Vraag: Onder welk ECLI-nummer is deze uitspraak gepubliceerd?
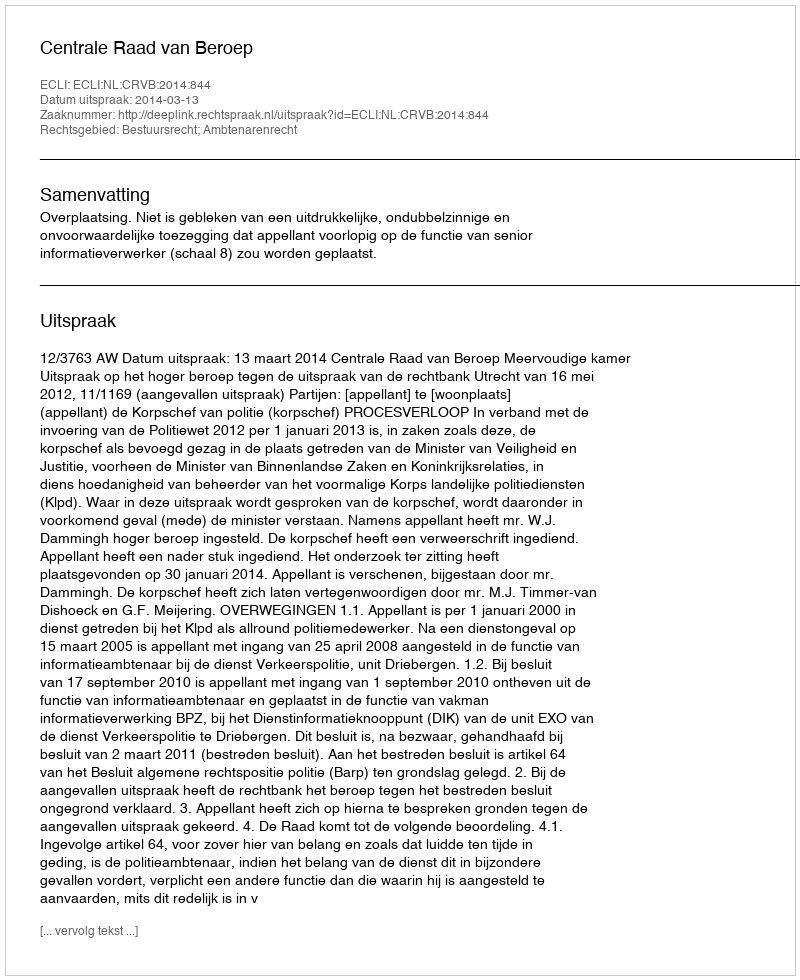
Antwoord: ECLI:NL:CRVB:2014:844